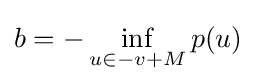
b=-\inf _{u\in -v+M}p(u)